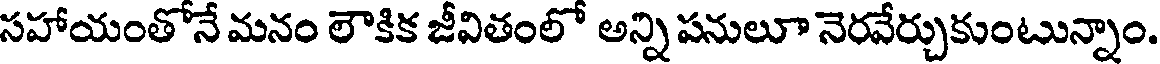
సహాయంతోనే మనం లౌకిక జీవితంలో అన్ని పనులూ నెరవేర్చుకుంటున్నాం